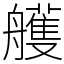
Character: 艧